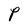
Character: P